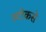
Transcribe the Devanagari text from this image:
स्टोकसे